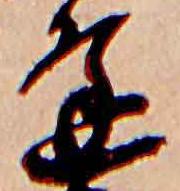
逢